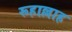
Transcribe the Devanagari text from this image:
रूहाल्लाह